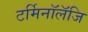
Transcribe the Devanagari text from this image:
टर्मिनॉलॅजि